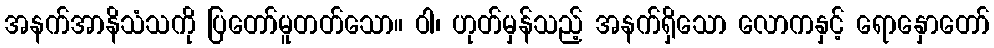
အနက်အာနိသံသကို ပြတော်မူတတ်သော။ ဝါ၊ ဟုတ်မှန်သည့် အနက်ရှိသော လောကနှင့် ရောနှောတော်